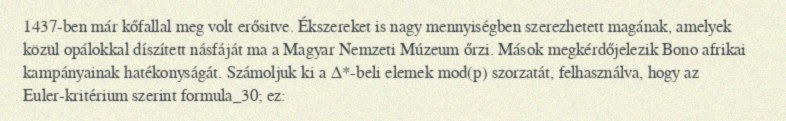
1437-ben már kőfallal meg volt erősitve. Ékszereket is nagy mennyiségben szerezhetett magának, amelyek közül opálokkal díszített násfáját ma a Magyar Nemzeti Múzeum őrzi. Mások megkérdőjelezik Bono afrikai kampányainak hatékonyságát. Számoljuk ki a Δ*-beli elemek mod(p) szorzatát, felhasználva, hogy az Euler-kritérium szerint formula_30; ez: